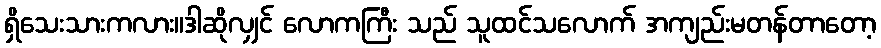
ရှိသေးသားကလား။ဒါဆိုလျှင် လောကကြီး သည် သူထင်သလောက် အကျည်းမတန်တာတော့